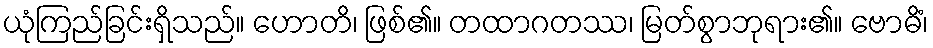
ယုံကြည်ခြင်းရှိသည်။ ဟောတိ၊ ဖြစ်၏။ တထာဂတဿ၊ မြတ်စွာဘုရား၏။ ဗောဓိံ၊